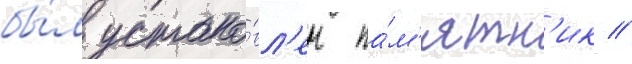
бы́л устано́вл'ен па́м'ятн'ик //